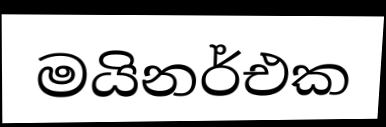
මයිනර්එක